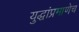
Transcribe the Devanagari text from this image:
युद्धांप्रमाणेच